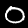
Label: 0